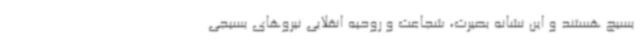
بسیج هستند و این نشانه بصیرت، شجاعت و روحیه انقلابی نیروهای بسیجی